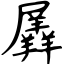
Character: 羼